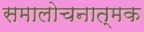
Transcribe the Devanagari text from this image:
समालोचनात्‍मक